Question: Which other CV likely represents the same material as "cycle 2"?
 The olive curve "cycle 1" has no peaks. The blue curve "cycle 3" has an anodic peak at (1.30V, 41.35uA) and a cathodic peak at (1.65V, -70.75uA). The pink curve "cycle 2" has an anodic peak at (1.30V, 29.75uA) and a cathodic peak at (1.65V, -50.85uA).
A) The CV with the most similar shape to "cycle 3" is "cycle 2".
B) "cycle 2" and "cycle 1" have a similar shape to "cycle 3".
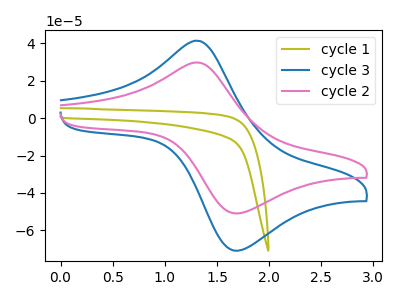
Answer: <think>"cycle 1" and "cycle 3" have a different number of peaks. "cycle 1" and "cycle 2" have a different number of peaks. All the peaks in "cycle 3" have a peak in "cycle 2" at the same potential. Every peak in "cycle 3" is higher than every peak in "cycle 2".
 </think>
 <answer>A) The CV with the most similar shape to "cycle 3" is "cycle 2".</answer>
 <eval>A</eval>